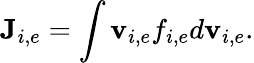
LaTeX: \textbf{J}_{i,e}=\int\textbf{v}_{i,e}f_{i,e}d\textbf{v}_{i,e}.